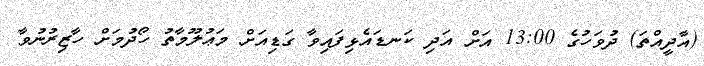
(އާދީއްތަ) ދުވަހުގެ 13:00 އަށް އަދި ކަނޑައެޅިފައިވާ ގަޑިއަށް މަޢުލޫމާތު ހޯދުމަށް ހާޒިރުނުވާ